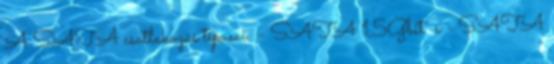
A SATA csatlakozás típusai: - SATA 1,5Gbit s - SATA